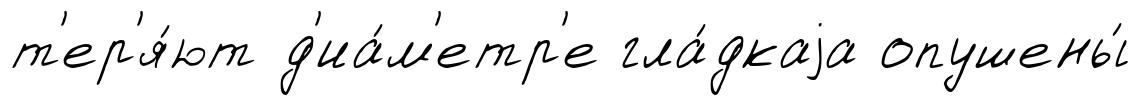
т'ер'я́ют д'иа́м'етр'е гла́дкаjа опушены́